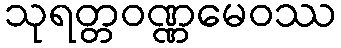
သုရတ္တဝဏ္ဏမေဝဿ